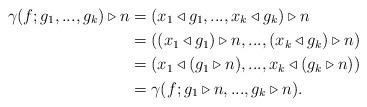
LaTeX: \begin{align*} \gamma(f;g_1,...,g_k)\triangleright n &=(x_1\triangleleft g_1,...,x_k\triangleleft g_k)\triangleright n\\ &=((x_1\triangleleft g_1)\triangleright n,...,(x_k\triangleleft g_k)\triangleright n)\\ &=(x_1\triangleleft (g_1\triangleright n),...,x_k\triangleleft (g_k\triangleright n))\\ &= \gamma(f;g_1\triangleright n,...,g_k\triangleright n). \end{align*}